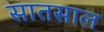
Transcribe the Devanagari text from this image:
सातसाल